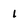
Character: i